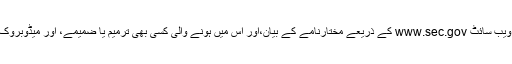
سرمایہ کار اور حصص یافتگان ایک مرتبہ ایس ای سی میں جمع کروائے جانے کے بعد ویب سائٹ www.sec.gov کے ذریعے مختارنامے کے بیان،اور اس میں ہونے والی کسی بھی ترمیم یا ضمیمے، اور میڈوبروک کے بارے میں اہم معلومات کی حامل دیگر دستاویز کی مفت نقول حاصل کر سکتے ہیں۔